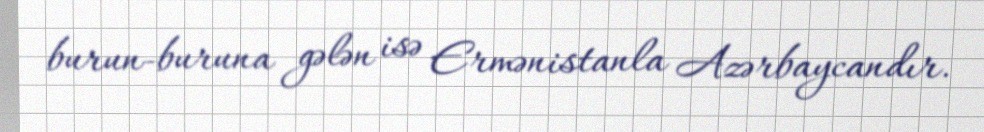
burun-buruna gələn isə Ermənistanla Azərbaycandır.